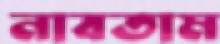
নাবতাম